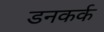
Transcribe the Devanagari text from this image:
डनकर्क